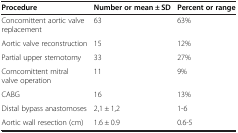
<table><thead><tr><td><b>Procedure</b></td><td><b>Number or mean ± SD</b></td><td><b>Percent or range</b></td></tr></thead><tbody><tr><td>Concomittent aortic valve replacement</td><td>63</td><td>63%</td></tr><tr><td>Aortic valve reconstruction</td><td>15</td><td>12%</td></tr><tr><td>Partial upper sternotomy</td><td>33</td><td>27%</td></tr><tr><td>Comcomittent mitral valve operation</td><td>11</td><td>9%</td></tr><tr><td>CABG</td><td>16</td><td>13%</td></tr><tr><td>Distal bypass anastomoses</td><td>2,1 ± 1,2</td><td>1-6</td></tr><tr><td>Aortic wall resection (cm)</td><td>1.6 ± 0.9</td><td>0.6-5</td></tr></tbody></table>